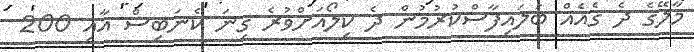
މާލޭގެ ދެ ގެއެއް ބަލައިފާސްކުރުމުން ދެ ކިލޯއަށްވުރެ ގިނަ ކެނަބިސް އާއި 200